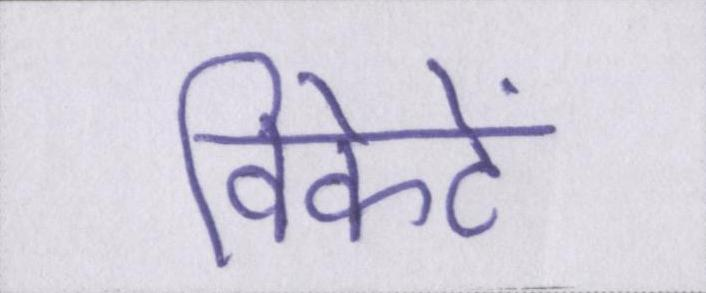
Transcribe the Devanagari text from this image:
विकेटें